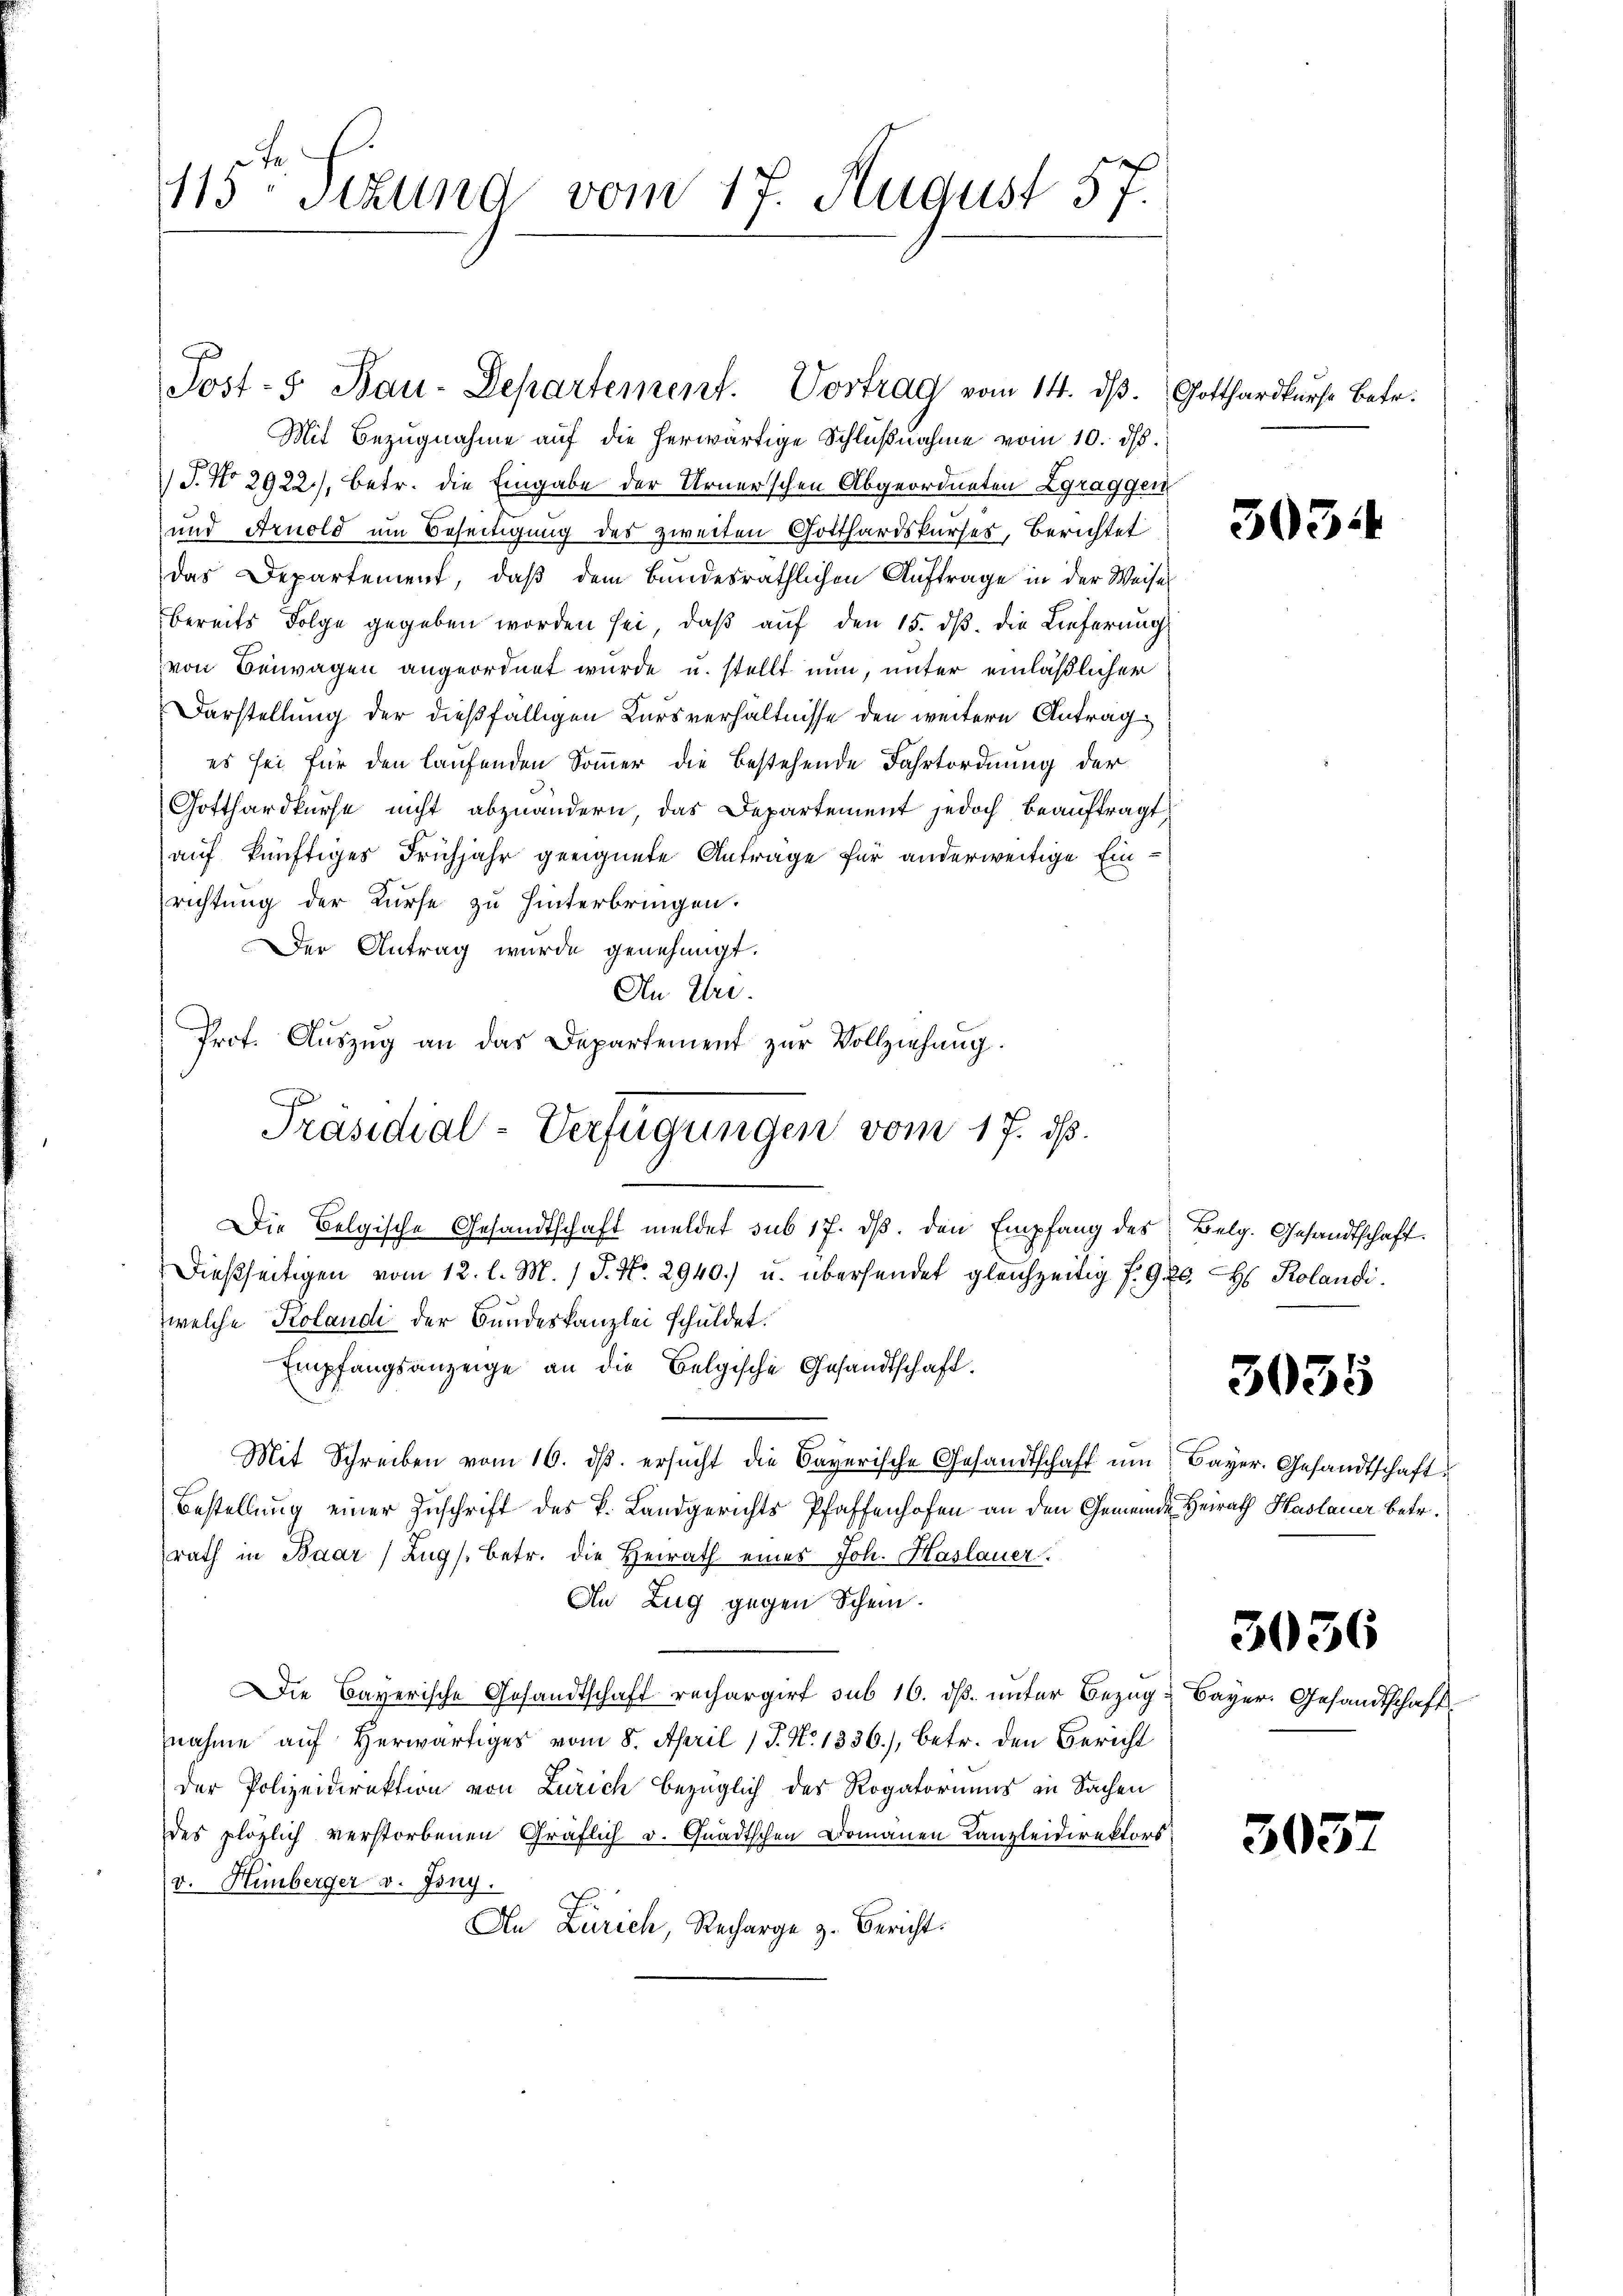
1115. Sekung vom 17. August 57.

Mit Bezugnahme auf die herwärtige Schlŭβnahme vom 10. d.
/J. No 2922), betr. die Eingabe der Urnerschen Abgeordneten Zgraggen
und Arnold um Beseitigung des zweiten Gotthardskurses, Berichtet
das Departement, daß dem Bundesräthlichen Auftrage in der Weiser
bereits Folge gegeben worden sei, daß auf den 15. dβ die Lieferung
von Beiwagen angeordnet wurde u. stellt nun, unter einläßlicher
Darstellung der dießfälligen Kursverhältnisse den weitere Antrag
es sei für den laufenden Sommer die bestehende Fahrtordnung der
Gotthardkurse nicht abzuändern, das Departement jedoch beauftragt
auf künftiges Frühjahr geeignete Anträge für anderweitige Einrichtung der Kurse zu hinterbringen.
Der Antrag wurde genehmigt.
An Uri.
Die Belgische Gesandtschaft meldet sub 17. ds. den Empfang des
dießseitigen vom 12. l. M. / P. Nr. 2940.) u. übersendet gleichzeitig f. 9. 26. Hs. Rolandi
welche Kolandi der Bundeskanzlei schuldet.
Empfangsanzeige an die Belgische Gesandtschaft.
Mit Schreiben vom 16. ds. ersucht die Bayerische Gesandtschaft um Bayer. Gesandtschaft
Bestellung einer Zuschrift des k. Landgerichts Pfaffenhofen an den Gemeinde Heirath Haslauer betr.
rath in Baar Zugs betr. die Heirath eines Joh. Haslauer
An Zug gegen Schein.
Die Bayerische Gesandtschaft rechargirt sub 16. dß. unter Bezug
nahme auf herwärtiges vom 8. April 17. No 1336), betr. den Bericht
der Polizeidirektion von Zürich bezüglich des Rogatoriums in Sachen
des plözlich verstorbenen Gräflich u. Quädtschen Domänen Kanzleidirektors
v. Hüberger v. Jony.
An Zürich, Recharge z. Bericht:

Post- 5. Bau-Departement. Vortrag vom 14. ds.

Prot. Aŭszŭg an das Departement zŭr Vollziehung.
Präsidial-Verfügungen vom 17. ds.

Gotthardkurse Betr.

303.

Belg. Gesandtschaft.

3035

3036

Bayer. Gesandtschaft

305.